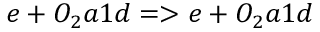
e + O _ { 2 } a 1 d = > e + O _ { 2 } a 1 d